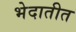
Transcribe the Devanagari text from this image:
भेदातीत